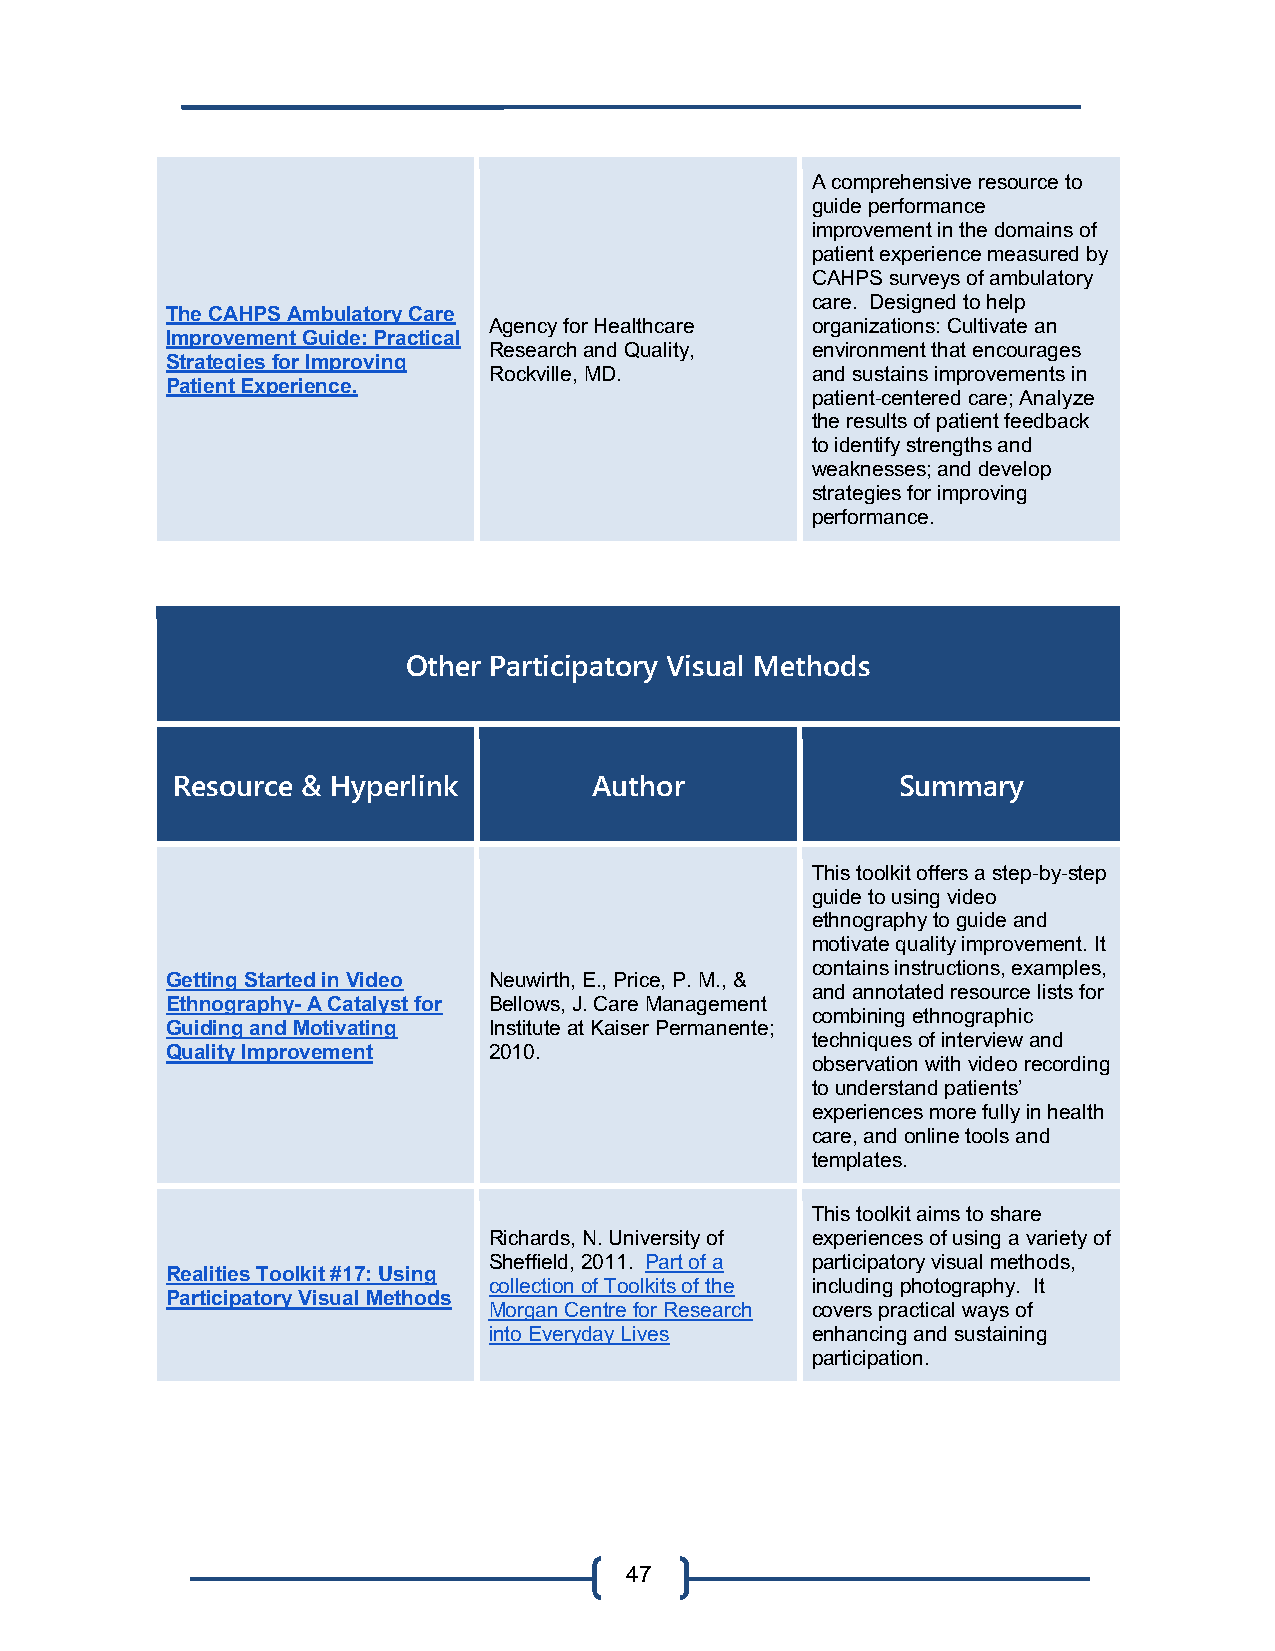
A comprehensive resource to
 guide performance
 improvement in the domains of
 patient experience measured by
 CAHPS surveys of ambulatory
 care. Designed to help
 The CAHPS Ambulatory Care
 Agency for Healthcare organizations: Cultivate an
 Improvement Guide: Practical
 Research and Quality, environment that encourages
 Strategies for Improving
 Rockville, MD.        and sustains improvements in
 Patient Experience.
 patient-centered care; Analyze
 the results of patient feedback
 to identify strengths and
 weaknesses; and develop
 strategies for improving
 performance.
 Other Participatory Visual Methods
 Resource & Hyperlink        Author               Summary
 This toolkit offers a step-by-step
 guide to using video
 ethnography to guide and
 motivate quality improvement. It
 contains instructions, examples,
 Getting Started in Video Neuwirth, E., Price, P. M., &
 and annotated resource lists for
 Ethnography- A Catalyst for Bellows, J. Care Management
 combining ethnographic
 Guiding and Motivating Institute at Kaiser Permanente;
 techniques of interview and
 Quality Improvement  2010.
 observation with video recording
 to understand patients’
 experiences more fully in health
 care, and online tools and
 templates.
 This toolkit aims to share
 Richards, N. University of experiences of using a variety of
 Sheffield, 2011. Part of a participatory visual methods,
 Realities Toolkit #17: Using
 collection of Toolkits of the including photography. It
 Participatory Visual Methods
 Morgan Centre for Research covers practical ways of
 into Everyday Lives   enhancing and sustaining
 participation.
 47